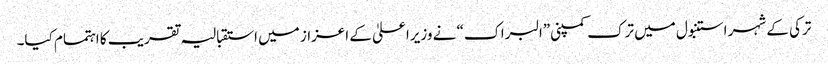
ترکی کے شہر استنبول میں ترک کمپنی”البراک“ نے وزیراعلیٰ کے اعزاز میں استقبالیہ تقریب کا اہتمام کیا۔